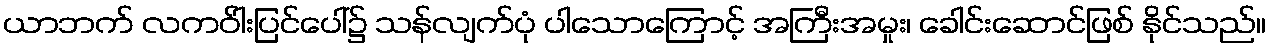
ယာဘက် လကဝ်ါးပြင်ပေါ်၌ သန်လျက်ပုံ ပါသောကြောင့် အကြီးအမှုး၊ ခေါင်းဆောင်ဖြစ် နိုင်သည်။